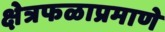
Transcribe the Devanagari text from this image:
क्षेत्रफळाप्रमाणे